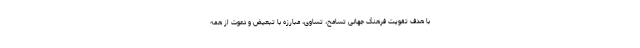
با هدف تقویت فرهنگ جهانی تسامح، تساوی، مبارزه با تبعیض و دعوت از همه